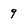
Character: 9